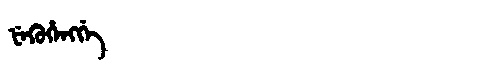
Manchu: ᡶᡝᡴᡠᡥᡝᠩᡤᡝ
Romanization: FEKUHENGGE